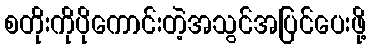
စတိုးကိုပိုကောင်းတဲ့အသွင်အပြင်ပေးဖို့